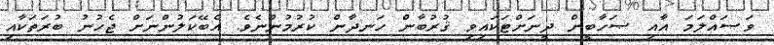
ވަޞައްލަމަ އާއި ޞަހާބީން ދީނަށްޓަކައިވި ޤުރުބާން ހަނދާން ކުރުމުންނެވެ. އެބޭކަލުންނަށް ޖެހުނު ބުރަތަކާއި